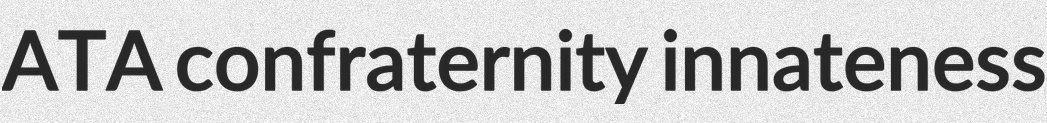
ATA confraternity innateness